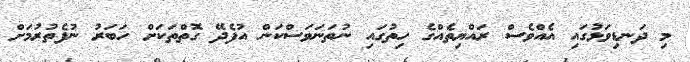
މި ދަނޑިވަޅުގައި އެއްވެސް ރައްޔިތެއްގެ ހިތުގައި ނުތަނަވަސްކަން އުފެދޭ ގޮތްތަކަށް ހަބަރު ނުފެތުރުމަށް